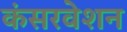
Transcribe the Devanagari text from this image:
कंसरवेशन